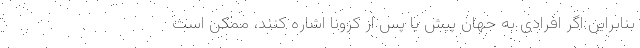
بنابراین اگر افرادی به جهان پیش یا پس از کرونا اشاره کنند، ممکن است